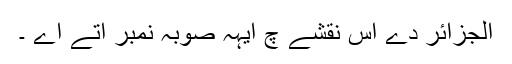
الجزائر دے اس نقشے چ ایہہ صوبہ نمبر اتے اے ۔